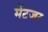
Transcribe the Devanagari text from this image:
मेंटजर